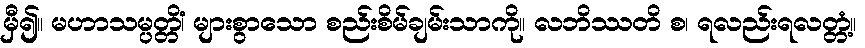
မှီ၍။ မဟာသမ္ပတ္တိံ၊ များစွာသော စည်းစိမ်ချမ်းသာကို။ လဘိဿတိ စ၊ ရလည်းရလတ္တံ့။